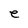
Character: e